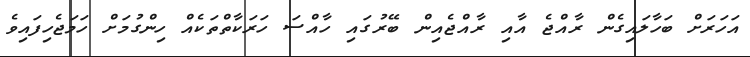
އަހަރަށް ބަހާލައިގެން ރާއްޖެ އާއި ރާއްޖެއިން ބޭރުގައި ހާއްސަ ހަރަކާތްތަކެއް ހިންގުމަށް ހަމަޖެހިފައިވެ